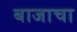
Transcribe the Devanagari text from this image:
बाजाचा